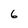
Character: 6